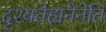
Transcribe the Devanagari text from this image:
दृश्यतेह्यनेनेति